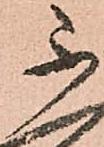
不